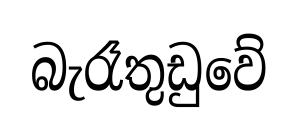
බැරෑතුඩුවේ